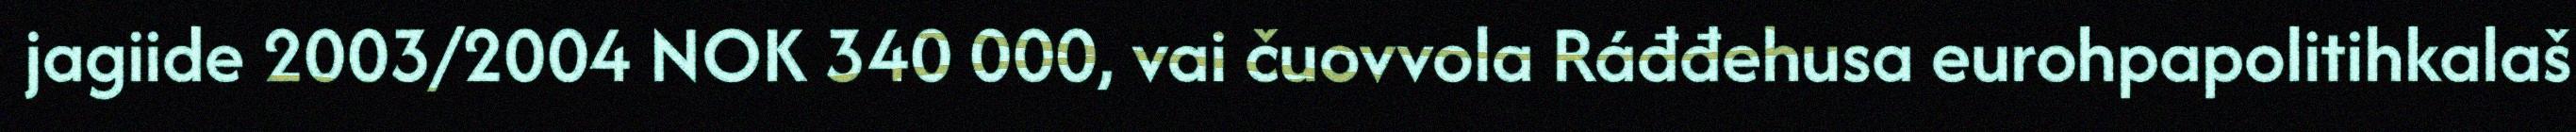
jagiide 2003/2004 NOK 340 000, vai čuovvola Ráđđehusa eurohpapolitihkalaš